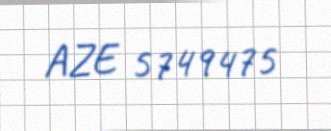
AZE 5749475